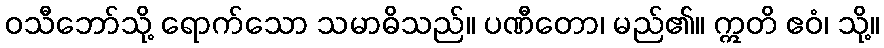
ဝသီဘော်သို့ ရောက်သော သမာဓိသည်။ ပဏီတော၊ မည်၏။ ဣတိ ဧဝံ၊ သို့။